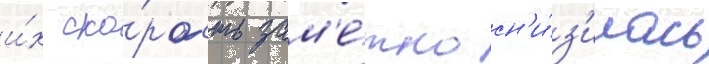
и́х ско́рость зам'е́тно сн'и́з'илась